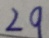
2 9